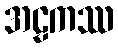
အဠကဿ